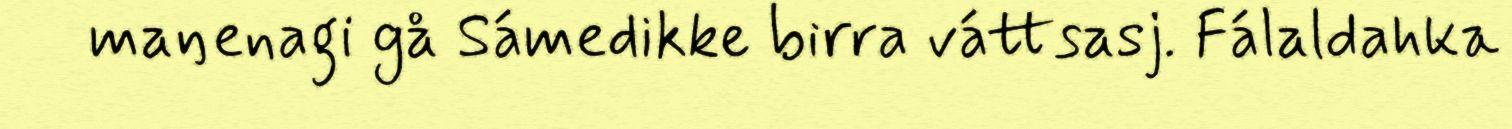
maŋenagi gå Sámedikke birra váttsasj. Fálaldahka